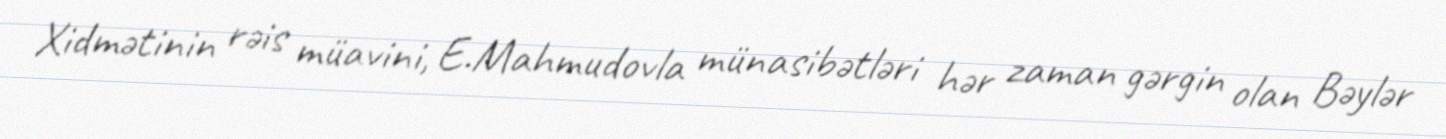
Xidmətinin rəis müavini, E.Mahmudovla münasibətləri hər zaman gərgin olan Bəylər